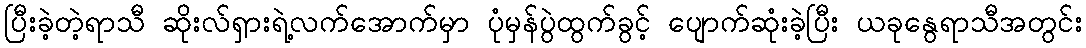
ပြီးခဲ့တဲ့ရာသီ ဆိုးလ်ရှားရဲ့လက်အောက်မှာ ပုံမှန်ပွဲထွက်ခွင့် ပျောက်ဆုံးခဲ့ပြီး ယခုနွေရာသီအတွင်း